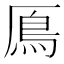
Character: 鳫